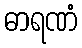
ဓာရဏံ